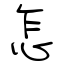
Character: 怎